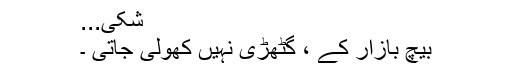
شکی...
بیچ بازار کے ، گٹھڑی نہیں کھولی جاتی ۔